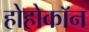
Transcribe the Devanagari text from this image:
होहोकॉन